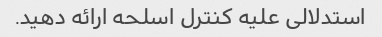
استدلالی علیه کنترل اسلحه ارائه دهید.